Insane asylums in Bengal annual reports 1867-1875 - 1867-1875
Year: 1867
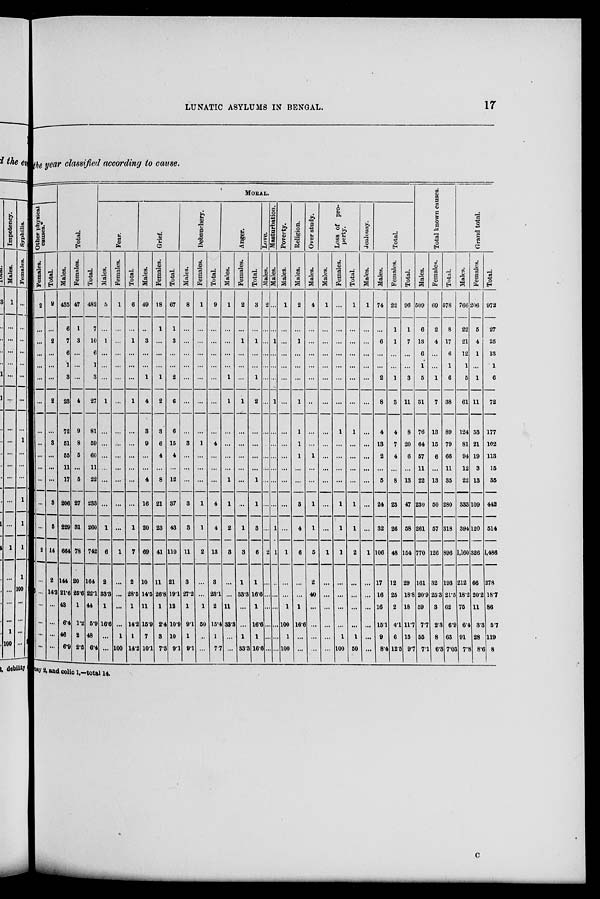
LUNATIC ASYLUMS IN BENGAL.
17
the year classified according to cause.
Other physical
causes.*
Females.
2
...
...
...
...
...
...
...
...
...
...
...
...
...
2
...
...
...
...
...
...
Total.
9
...
2
...
...
...
2
...
3
...
...
...
3
5
14
2
14.3
...
...
...
...
Total.
Males.
435
6
7
6
1
3
23
72
51
55
11
17
206
229
664
144
21.6
43
6.4
46
6.9
Females.
47
1
3
...
...
...
4
9
8
5
...
5
27
31
78
20
25.6
1
1.2
2
2.5
Total.
482
7
10
6
1
3
27
81
59
60
11
22
233
260
742
164
22.1
44
5.9
48
6.4
MORAL..
Fear.
Males.
5
...
1
...
...
...
1
...
...
...
...
...
...
1
6
2
33.3
1
16.6
...
...
Females.
1
...
...
...
...
...
...
...
...
...
...
...
...
...
1
...
...
...
...
1
100
Total.
6
...
1
...
...
...
1
...
...
...
...
...
...
1
7
2
28.5
1
14.2
1
14.2
Grief.
Males.
49
...
3
...
...
1
4
3
9
...
...
4
16
20
69
10
14.5
11
15.9
7
10.1
Females.
18
1
...
...
...
1
2
3
6
4
...
8
21
23
41
11
26.8
1
2.4
3
7.3
Total.
67
1
3
...
...
2
6
6
15
4
...
12
37
43
110
21
19.1
12
10.9
10
9.1
Debauchery.
Males.
8
...
...
...
...
...
...
...
3
...
...
...
3
3
11
3
27.2
1
9.1
1
9.1
Females.
1
...
...
...
...
...
...
...
1
...
...
...
1
1
2
...
...
1
50
...
...
Total.
9
...
...
...
...
...
...
...
4
...
...
...
4
4
13
3
23.1
2
15.4
1
7.7
Anger.
Males.
1
...
...
...
...
1
1
...
...
...
...
1
1
2
3
...
...
11
33.3
...
...
Females.
2
...
1
...
...
...
1
...
...
...
...
...
...
1
3
1
33.3
...
...
1
33.3
Total.
3
...
1
...
...
1
2
...
...
...
...
1
1
3
6
1
16.1
1
16.6
1
16.6
Love.
Males.
2
...
...
...
...
...
...
...
...
...
...
...
...
...
2
...
...
...
...
...
...
Ma s t
ur ba t
i
on.
Males.
...
...
1
...
...
...
1
...
...
...
...
...
...
1
1
...
...
...
...
...
..
Pover t
y.
Males.
1
...
...
...
...
...
...
...
...
...
...
...
...
...
1
...
...
1
100
1
100
Religion.
Males.
2
...
1
...
...
...
1
1
1
1
...
...
3
4
6
...
...
1
16.6
...
...
Over study.
Males.
4
...
...
...
...
...
...
...
...
1
...
...
1
1
5
2
40
...
...
...
...
Loss of pro-
perty.
Males.
1
...
...
...
...
...
...
...
...
...
...
...
...
...
1
...
...
...
...
...
...
Females.
...
...
...
...
...
...
...
1
...
...
...
...
1
1
1
...
...
...
...
1
100
Total.
1
...
...
...
...
...
...
1
...
...
...
...
1
1
2
...
...
...
...
1
50
Jealousy.
Males.
1
...
...
...
...
...
...
...
...
...
...
...
...
...
1
...
...
...
...
...
...
Total.
Males.
74
. ..
6
...
...
2
8
4
13
2
...
5
24
32
106
17
16
16
15.1
9
8.4
Females.
22
1
1
...
...
1
3
4
7
4
...
8
23
26
48
12
25
2
4.1
6
12.5
Total.
96
1
7
...
...
3
11
8
20
6
...
13
47
58
154
29
18.8
18
11.7
15
9.7
Total known causes.
Males.
509
6
13
6
1
5
31
76
64
57
11
22
230
261
770
161
20.9
59
7.7
55
7.1
Females.
69
2
4
...
...
1
7
13
15
6
...
13
50
57
126
32
25.3
3
2.3
8
6.3
Total.
578
8
17
6
1
6
38
89
79
66
11
35
280
318
896
193
21.5
62
6.9
63
7.03
Grand total.
Males.
766
22
21
12
1
5
61
124
81
94
12
22
333
394
1,160
212
18.2
75
6.4
91
7.8
Females.
206
5
4
1
...
1
11
53
21
19
3
13
109
120
326
66
20.2
11
3.3
28
8.6
Total.
972
27
25
13
1
6
72
177
102
113
15
35
442
514
1,486
278
18.7
86
5.7
119
8
osy 2,and colic 1,––total 14.
C